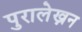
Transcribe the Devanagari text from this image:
पुरालेख्नन